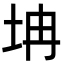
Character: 㘱